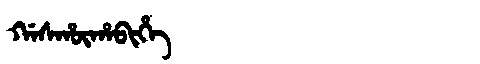
Manchu: ᡤᠠᠰᡥᡡᡥᠠᠪᡳᡥᡝ
Romanization: GASHŪHABIHE